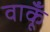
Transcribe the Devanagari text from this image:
वाकूँ